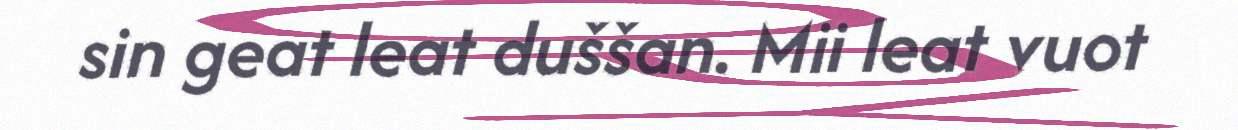
sin geat leat duššan. Mii leat vuot